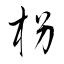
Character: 枴